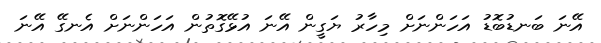
އޭނަ ބަނޑުބޮޑު އަހަންނަށް މިހާރު ޔަގީން އޭނަ އުޅޭގޮތުން އަހަންނަށް އެނގޭ އޭނަ